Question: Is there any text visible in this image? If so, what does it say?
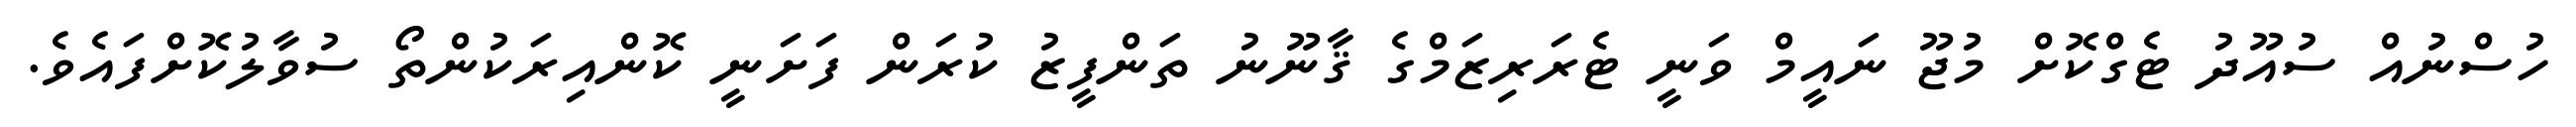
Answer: ހުސްނުއް ސުއޫދު ޓެގްކޮށް މުޖޫ ނައީމް ވަނީ ޓެރަރިޒަމްގެ ޤާނޫނު ތަންފީޒު ކުރަން ފަށަނީ ކޮންއިރަކުންތޯ ސުވާލުކޮށްފައެވެ.